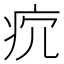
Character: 𤴺